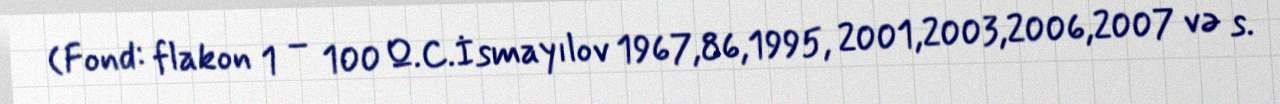
(Fond: flakon 1 – 100 Q.C.İsmayılov 1967,86,1995, 2001,2003,2006,2007 və s.